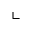
\llcorner